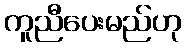
ကူညီပေးမည်ဟု